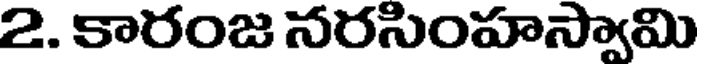
2. కారంజ నరసింహస్వామి